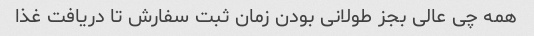
همه چی عالی بجز طولانی بودن زمان ثبت سفارش تا دریافت غذا